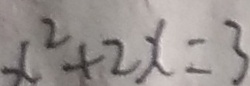
x ^ { 2 } + 2 x = 3